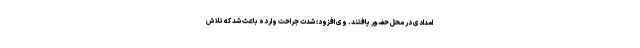
امدادی در محل حضور یافتند. وی افزود: شدت جراحت وارده باعث شد که تلاش